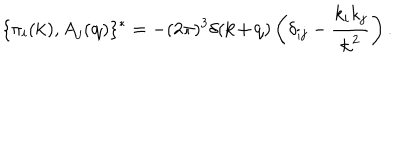
LaTeX: \{ \pi _ { i } ( \textbf { k } ) , A _ { j } ( \textbf { q } ) \} ^ { * } = - ( 2 \pi ) ^ { 3 } \delta ( \textbf { k + q } ) \left( \delta _ { i j } - \frac { k _ { i } k _ { j } } { \textbf { k } ^ { 2 } } \right) .